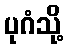
ပုဂံသို့